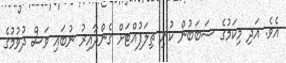
އެވެ. އަދި މިކަމުގެ ސަބަބުން ކުނި ތިލަފުއްޓަށް ގެންދާއިރު ނުބައި ވަސް ދުވުމުގެ